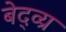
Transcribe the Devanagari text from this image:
बेद्व्य्र